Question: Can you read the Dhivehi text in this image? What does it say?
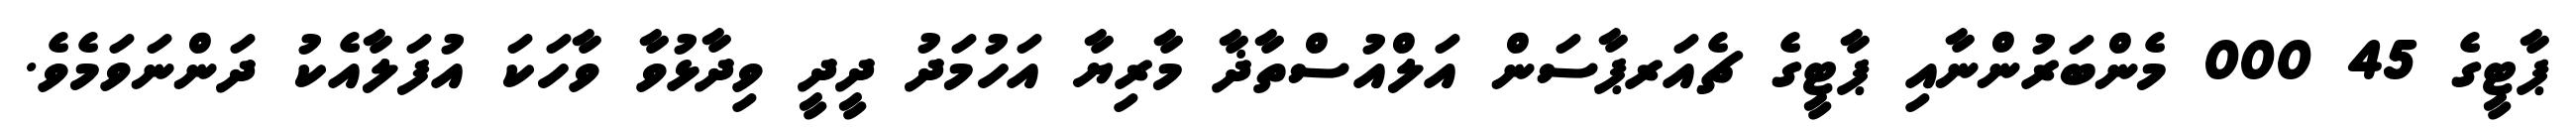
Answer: ޕާޓީގެ 45 000 މެންބަރުންނާއި ޕާޓީގެ ޗެއަރޕާސަން އަލްއުސްތާޛާ މާރިޔާ އަހުމަދު ދީދީ ވިދާޅުވާ ވާހަކަ އުފަލާއެކު ދަންނަވަމެވެ.